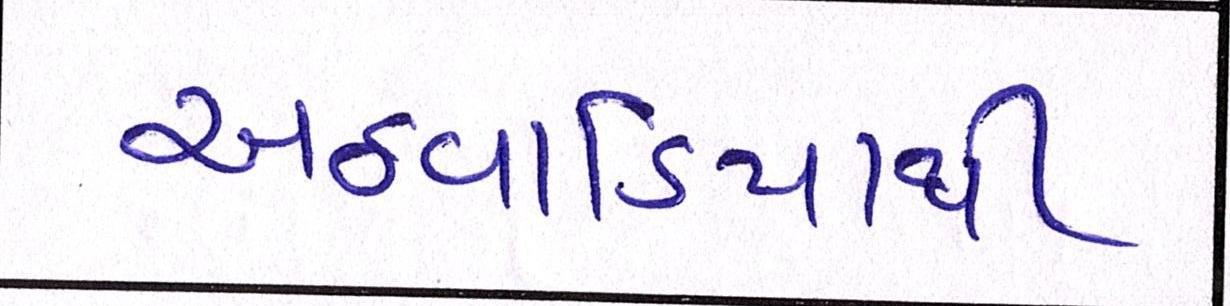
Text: અઠવાડિયાથી